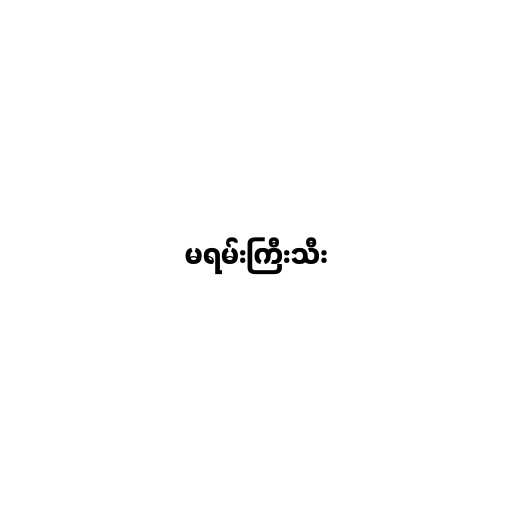
မရမ်းကြီးသီး